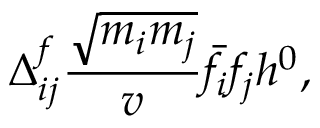
\Delta _ { i j } ^ { f } \frac { \sqrt { m _ { i } m _ { j } } } { v } \bar { f } _ { i } f _ { j } h ^ { 0 } ,